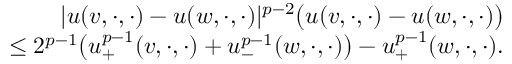
\begin{array} { r l r } & { } & { \lvert u ( v , \cdot , \cdot ) - u ( w , \cdot , \cdot ) \rvert ^ { p - 2 } \big ( u ( v , \cdot , \cdot ) - u ( w , \cdot , \cdot ) \big ) } \\ & { } & { \qquad \qquad \qquad \le 2 ^ { p - 1 } \big ( u _ { + } ^ { p - 1 } ( v , \cdot , \cdot ) + u _ { - } ^ { p - 1 } ( w , \cdot , \cdot ) \big ) - u _ { + } ^ { p - 1 } ( w , \cdot , \cdot ) . } \end{array}